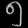
Digit: ၅